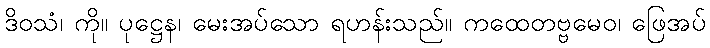
ဒိဝသံ၊ ကို။ ပုဋ္ဌေန၊ မေးအပ်သော ရဟန်းသည်။ ကထေတဗ္ဗမေဝ၊ ဖြေအပ်